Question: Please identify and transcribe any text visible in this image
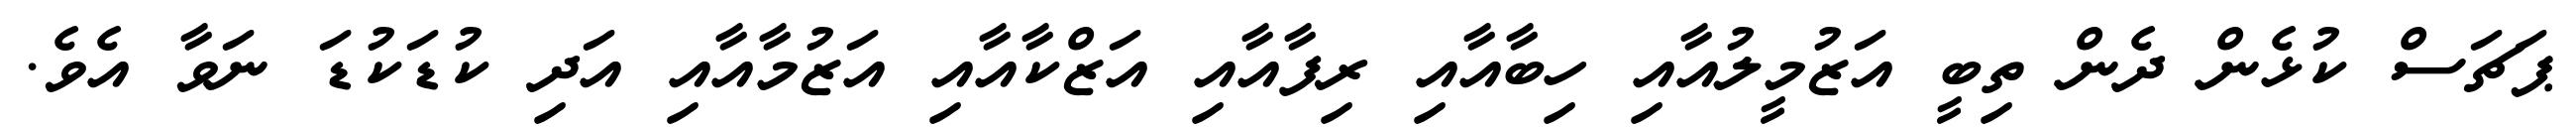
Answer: ޕަޗަސް ކުޅެން ދެން ތިބީ އަޒުމީލުއާއި ހިބާއާއި ރިފާއާއި އަޒްކާއާއި އަޒުމާއާއި އަދި ކުޑަކުޑަ ނަވާ އެވެ.